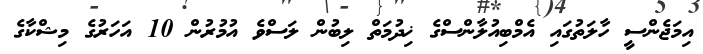
އިމަޖެންސީ ހާލަތުގައި އެމްބިއުލާންސްގެ ޚިދުމަތް ލިބުން ލަސްވެ އުމުރުން 10 އަހަރުގެ މިޝްކާގެ